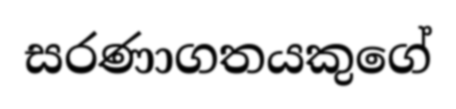
සරණාගතයකුගේ